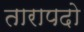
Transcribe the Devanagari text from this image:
तारापदो